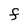
Character: F